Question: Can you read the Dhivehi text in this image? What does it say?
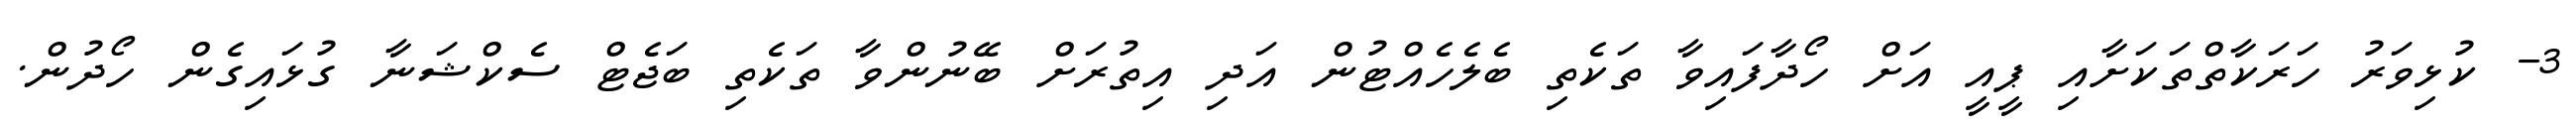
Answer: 3- ކުޅިވަރު ހަރަކާތްތަކަށާއި ޕީއީ އަށް ހޯދާފައިވާ ތަކެތި ބެލެހެއްޓުން އަދި އިތުރަށް ބޭނުންވާ ތަކެތި ބަޖެޓް ސެކްޝަނާ ގުޅައިގެން ހޯދުން.